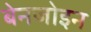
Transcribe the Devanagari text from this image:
बेनजोइन